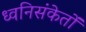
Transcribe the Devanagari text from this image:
ध्वनिसंकेतों